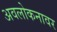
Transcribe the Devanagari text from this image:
अवलोकनावर